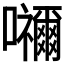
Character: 𭌹